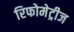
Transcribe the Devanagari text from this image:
रिफोमेट्रीज